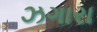
ઝગારા